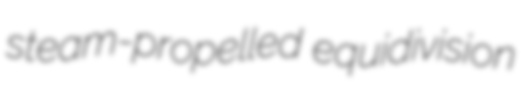
steam-propelled equidivision